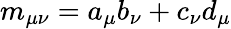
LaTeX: m_{\mu\nu}=a_{\mu}b_{\nu}+c_{\nu}d_{\mu}